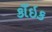
કાઁઇક